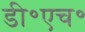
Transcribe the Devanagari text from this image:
डी॰एच॰